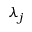
\lambda _ { j }